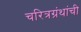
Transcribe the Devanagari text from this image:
चरित्रग्रंथांची